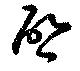
啓